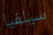
سيلفيا